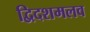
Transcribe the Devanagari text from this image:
द्विदशमलव